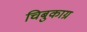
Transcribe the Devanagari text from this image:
चिबुकाग्र